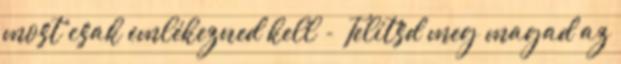
most csak emlékezned kell - Telítsd meg magad az